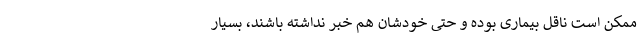
ممکن است ناقل بیماری بوده و حتی خودشان هم خبر نداشته باشند، بسیار